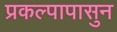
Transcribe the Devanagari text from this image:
प्रकल्पापासुन